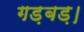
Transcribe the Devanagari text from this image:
गड़बड़।